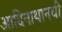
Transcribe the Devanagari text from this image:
आदिनाथानची